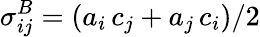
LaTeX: \sigma_{ij}^{B}=(a_{i}\, c_{j}+a_{j}\, c_{i})/2